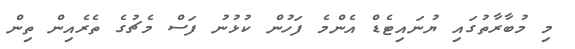
މި މުބާރާތުގައި ޔުނައިޓެޑް އެންމެ ފަހުން ކުޅުނު ފަސް މެޗުގެ ތެރެއިން ތިން